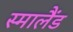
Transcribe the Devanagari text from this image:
स्मालैंड